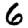
Digit: 6